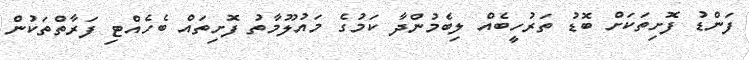
ފަންޑު ފޮށިތަކަށް ބޮޑު ތަރުހީބެއް ލިބެމުންދާ ކަމުގެ މައުލޫމާތު ފޮށިތައް ބެހެއްޓި ފަރާތްތަކުން